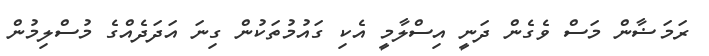
ރަމަޟާން މަސް ވެގެން ދަނީ އިސްލާމީ އެކި ގައުމުތަކުން ގިނަ އަދަދެއްގެ މުސްލިމުން